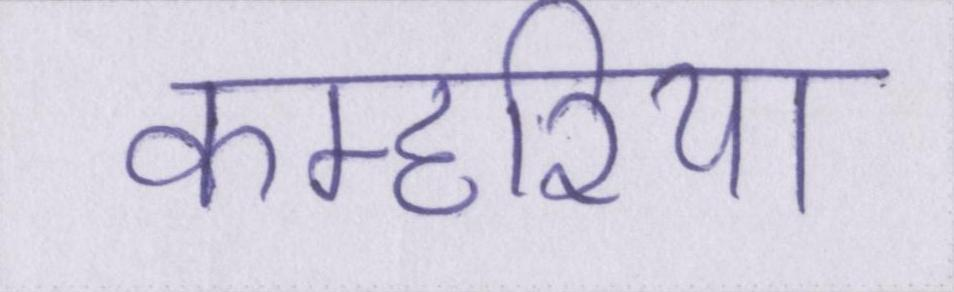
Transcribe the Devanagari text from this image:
कम्हरिया